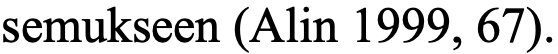
semukseen (Alin 1999, 67).